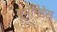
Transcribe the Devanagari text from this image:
यूमेनिडेस